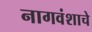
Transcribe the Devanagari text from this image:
नागवंशाचे